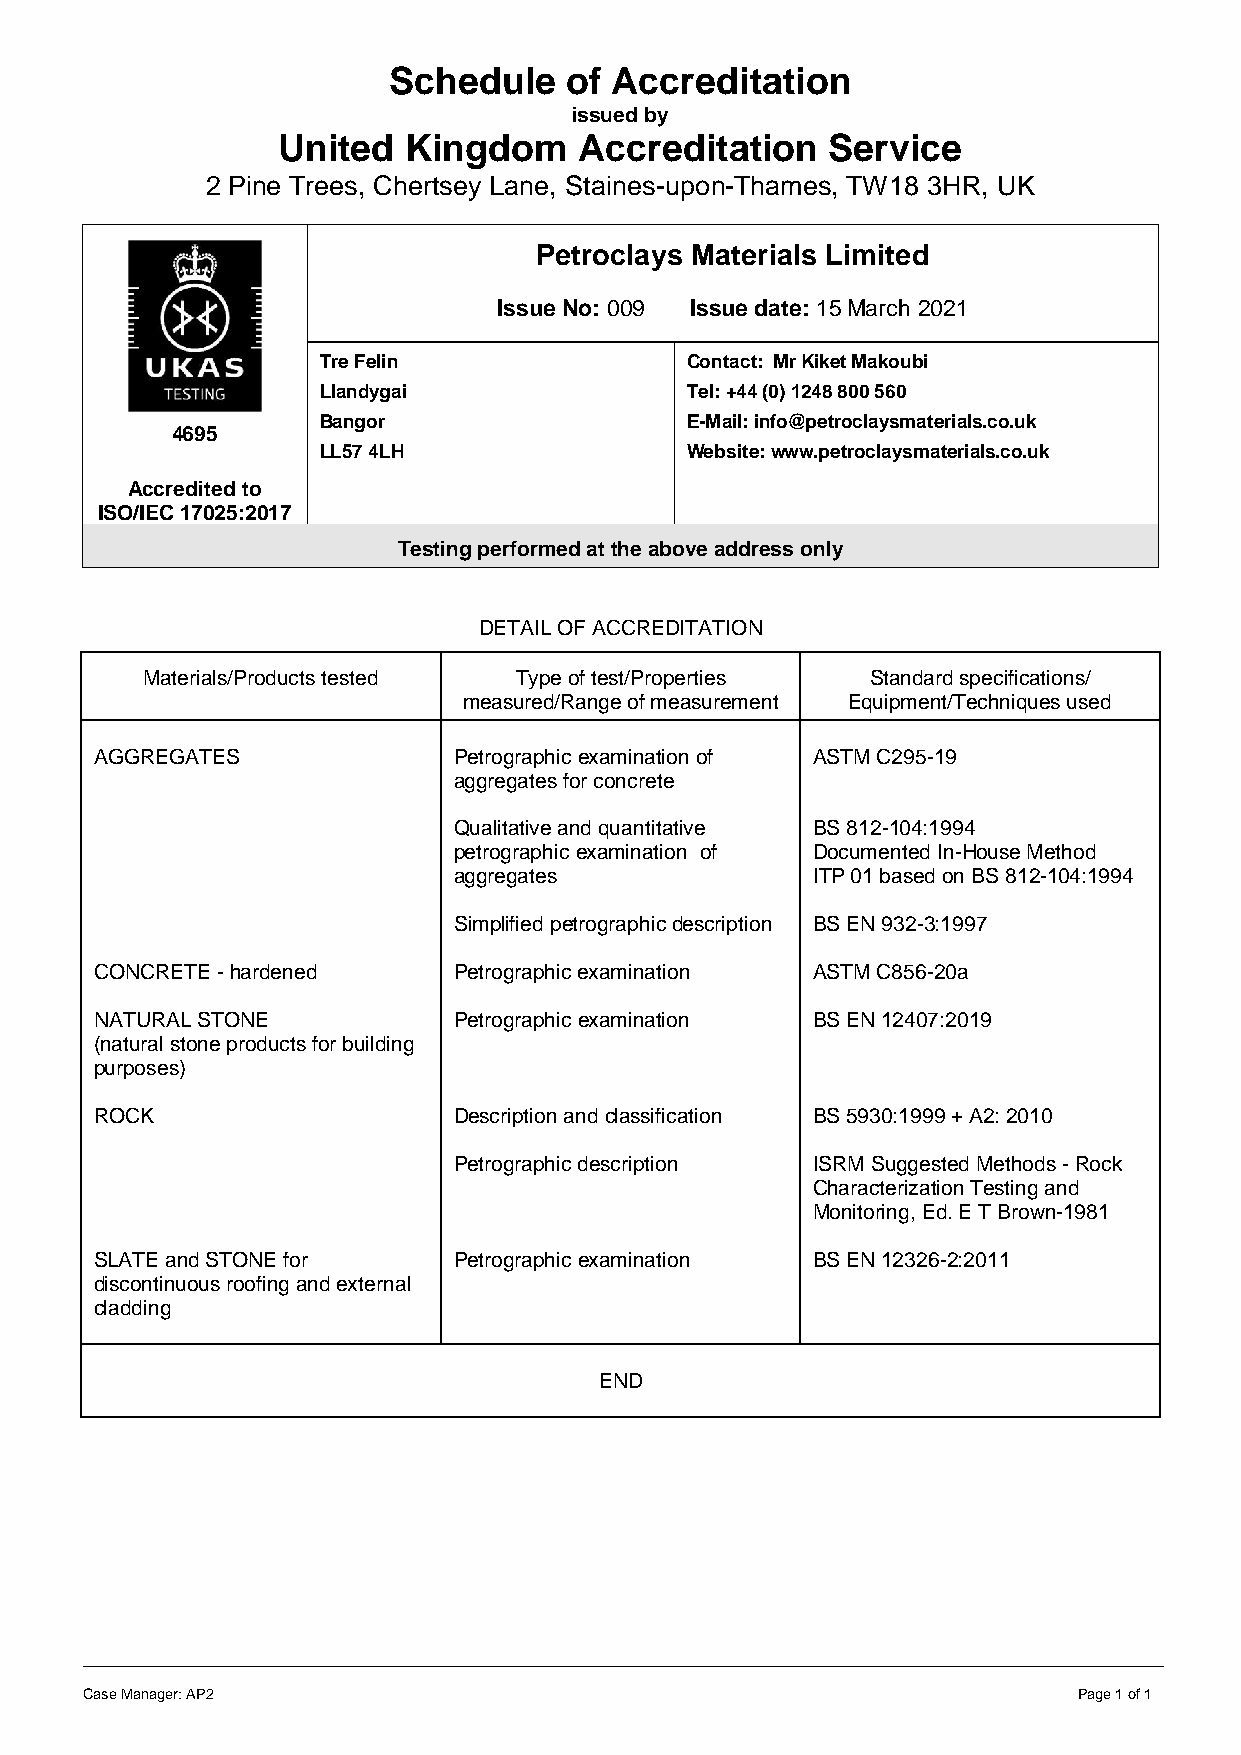
Schedule   of  Accreditation
 issued by
 United   Kingdom    Accreditation    Service
 2 Pine Trees, Chertsey Lane, Staines-upon-Thames, TW18 3HR, UK
 Petroclays Materials Limited
 Issue No: 009 Issue date: 15 March 2021
 Tre Felin               Contact: Mr Kiket Makoubi
 Llandygai               Tel: +44 (0) 1248 800 560
 Bangor                  E-Mail: info@petroclaysmaterials.co.uk
 4695
 LL57 4LH                Website: www.petroclaysmaterials.co.uk
 Accredited to
 ISO/IEC 17025:2017
 Testing performed at the above address only
 DETAIL OF ACCREDITATION
 Materials/Products tested Type of test/Properties Standard specifications/
 measured/Range of measurement Equipment/Techniques used
 AGGREGATES              Petrographic examination of ASTM C295-19
 aggregates for concrete
 Qualitative and quantitative BS 812-104:1994
 petrographic examination of Documented In-House Method
 aggregates              ITP 01 based on BS 812-104:1994
 Simplified petrographic description BS EN 932-3:1997
 CONCRETE - hardened     Petrographic examination ASTM C856-20a
 NATURAL STONE           Petrographic examination BS EN 12407:2019
 (natural stone products for building
 purposes)
 ROCK                    Description and classification BS 5930:1999 + A2: 2010
 Petrographic description ISRM Suggested Methods - Rock
 Characterization Testing and
 Monitoring, Ed. E T Brown-1981
 SLATE and STONE for     Petrographic examination BS EN 12326-2:2011
 discontinuous roofing and external
 cladding
 END
 Case Manager: AP2                                                 Page 1 of 1